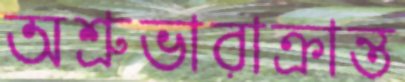
অশ্রুভারাক্রান্ত